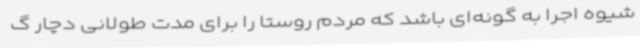
شیوه اجرا به گونه‌ای باشد که مردم روستا را برای مدت طولانی دچار گ